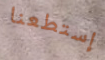
إستطعنا